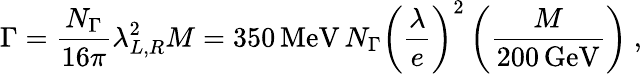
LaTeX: \Gamma=\frac{N_{\Gamma}}{16\pi}\lambda_{L,R}^{2}M=350\, \mathrm{MeV}\, N_{\Gamma}\left(\frac{\lambda}{e}\right)^{2}\left(\frac{M}{200\, \mathrm{GeV}}\right)~,